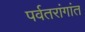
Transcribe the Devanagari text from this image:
पर्वतरांगांत